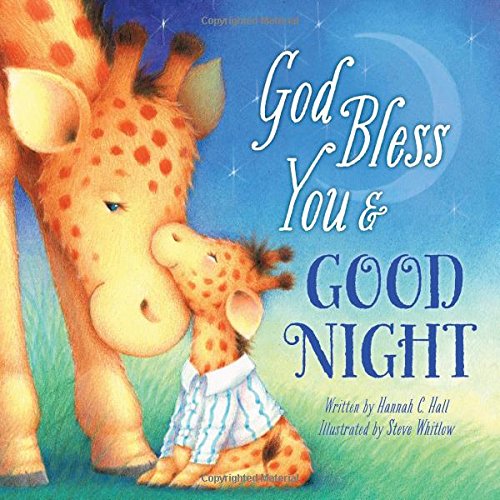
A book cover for God Bless You and Good Night; Hannah Hall; Christian Books & Bibles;